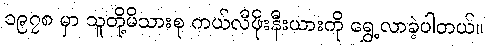
၁၉၇၈ မှာ သူတို့မိသားစု ကယ်လီဖိုးနီးယားကို ရွှေ့လာခဲ့ပါတယ်။